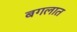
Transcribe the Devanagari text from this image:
बगलात